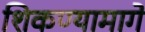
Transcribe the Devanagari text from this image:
शिकण्यामागे